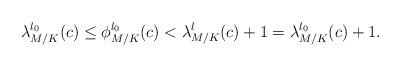
LaTeX: \begin{align*} \lambda_{M/K}^{l_0}(c)\le\phi_{M/K}^{l_0}(c)<\lambda_{M/K}^l(c)+1=\lambda_{M/K}^{l_0}(c)+1.\end{align*}